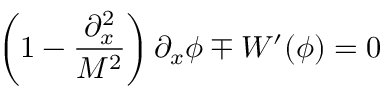
\left( 1 - \frac { \partial _ { x } ^ { 2 } } { M ^ { 2 } } \right) \partial _ { x } \phi \mp W ^ { \prime } ( \phi ) = 0